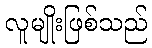
လူမျိုးဖြစ်သည်